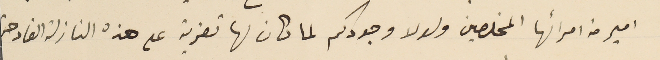
امير من امرائها المخلصين ولولا وجودكم لما كان لها تعزية على هذه النازلة الفادحة